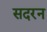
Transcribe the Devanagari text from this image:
सदरन